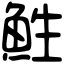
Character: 鮏